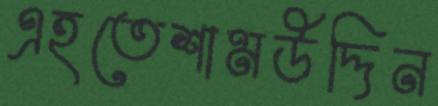
এহতেশামউদ্দিন